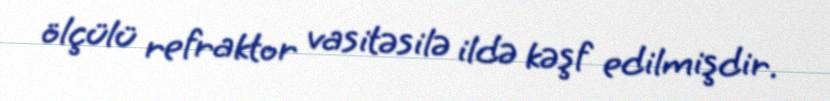
ölçülü refraktor vasitəsilə ildə kəşf edilmişdir.